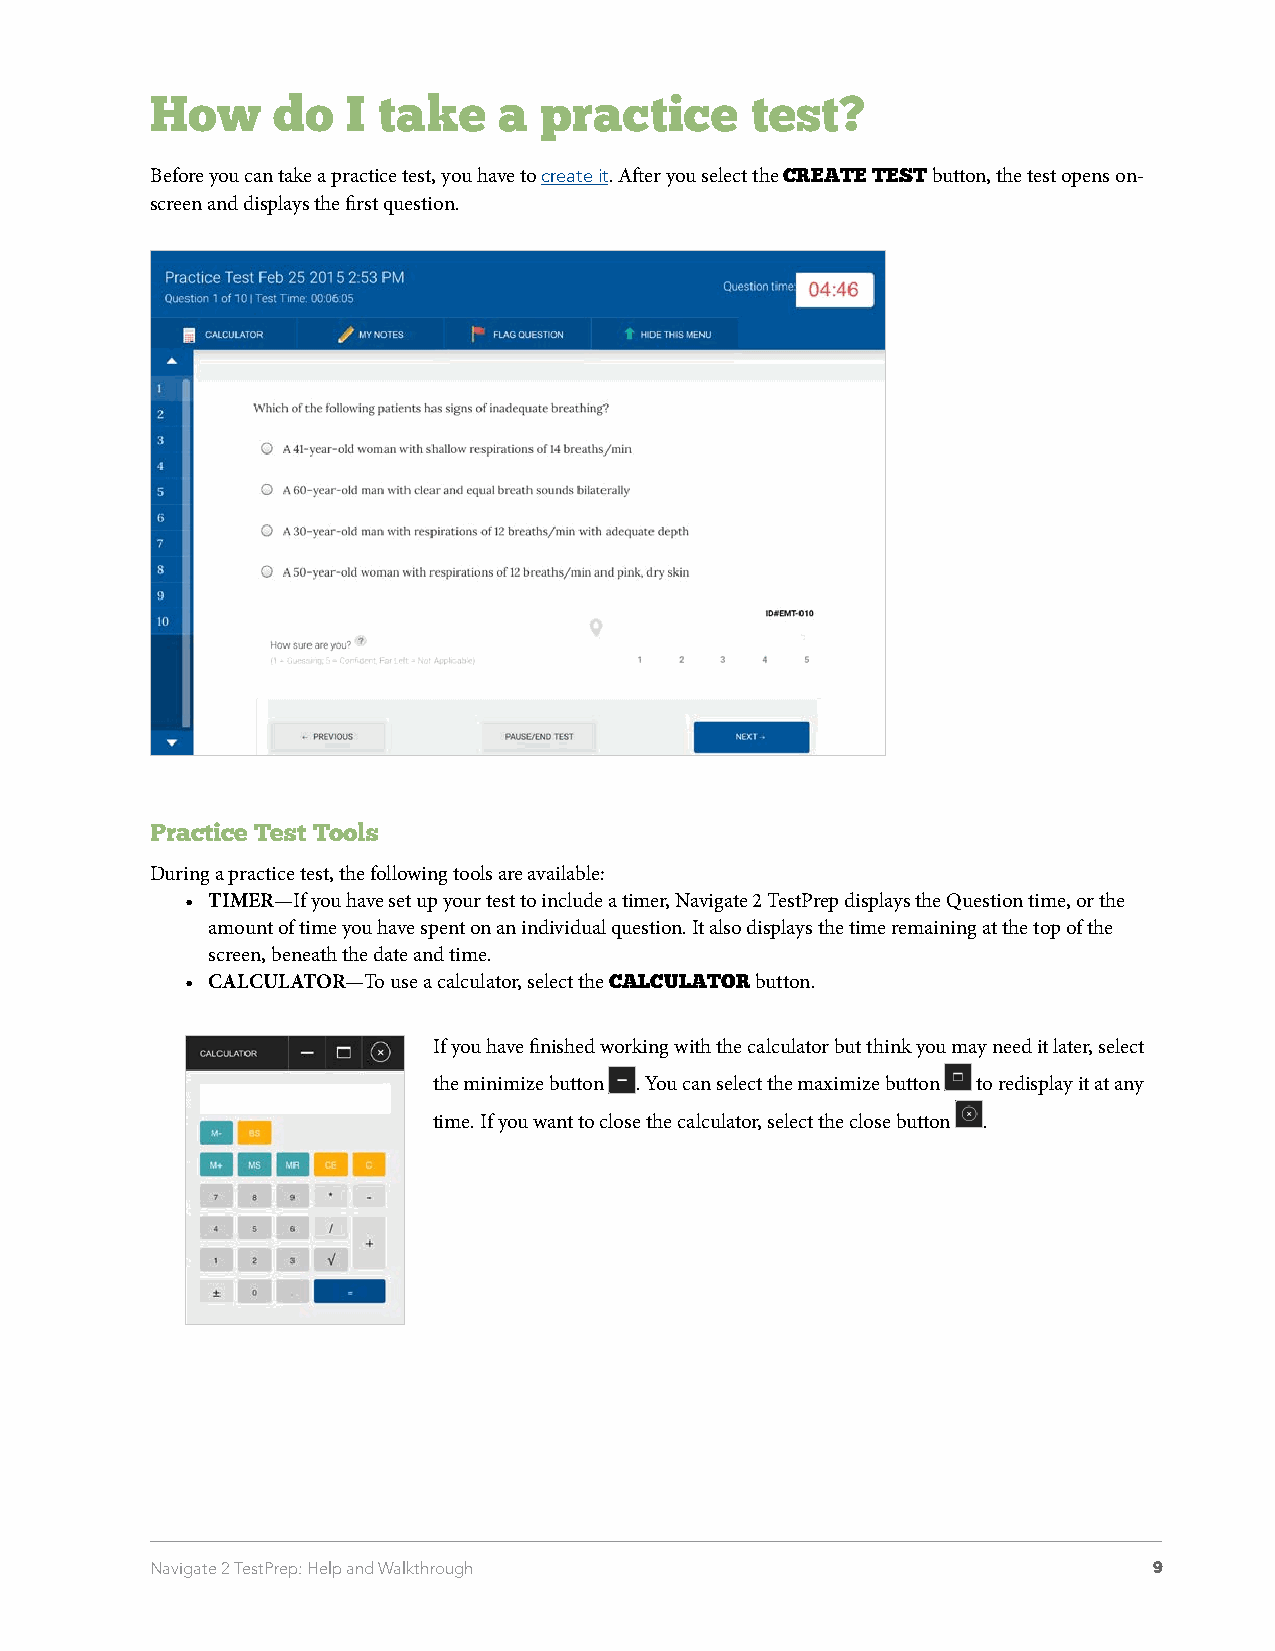
How     do   I take    a  practice      test?
 Before you can take a practice test, you have to create it. After you select the CREATE TEST button, the test opens on-
 screen and displays the first question.
 Practice Test Tools
 During a practice test, the following tools are available:
 • TIMER—If you have set up your test to include a timer, Navigate 2 TestPrep displays the Question time, or the
 amount of time you have spent on an individual question. It also displays the time remaining at the top of the
 screen, beneath the date and time.
 • CALCULATOR—To use a calculator, select the CALCULATOR button.
 If you have finished working with the calculator but think you may need it later, select
 the minimize button . You can select the maximize button to redisplay it at any
 time. If you want to close the calculator, select the close button .
 Navigate 2 TestPrep: Help and Walkthrough                         9